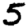
Digit: 5